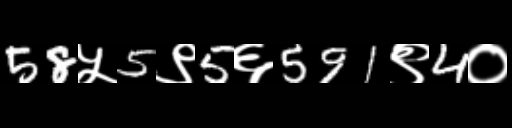
Text: 58५5९5६591९4०